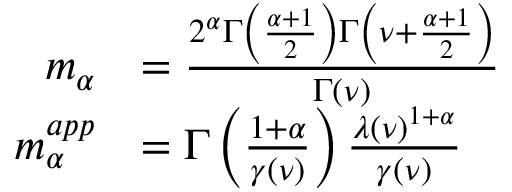
\begin{array} { r l } { m _ { \alpha } } & { = \frac { 2 ^ { \alpha } \Gamma \left( \frac { \alpha + 1 } { 2 } \right) \Gamma \left( \nu + \frac { \alpha + 1 } { 2 } \right) } { \Gamma \left( \nu \right) } } \\ { m _ { \alpha } ^ { a p p } } & { = \Gamma \left( \frac { 1 + \alpha } { \gamma ( \nu ) } \right) \frac { \lambda ( \nu ) ^ { 1 + \alpha } } { \gamma ( \nu ) } } \end{array}